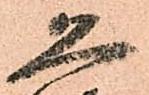
恐